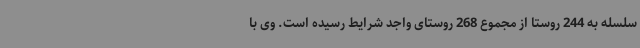
سلسله به 244 روستا از مجموع 268 روستای واجد شرایط رسیده است. وی با